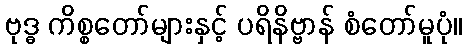
ဗုဒ္ဓ ကိစ္စတော်များနှင့် ပရိနိဗ္ဗာန် စံတော်မူပုံ။